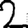
Digit: 2